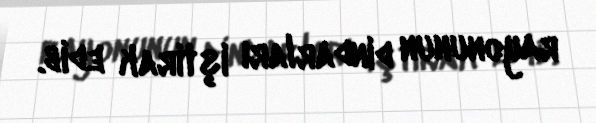
rayonunun dindarları iştirak edib.